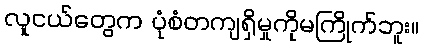
လူငယ်တွေက ပုံစံတကျရှိမှုကိုမကြိုက်ဘူး။